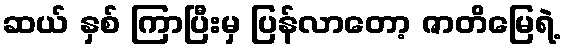
ဆယ် နှစ် ကြာပြီးမှ ပြန်လာတော့ ဇာတိမြေရဲ့